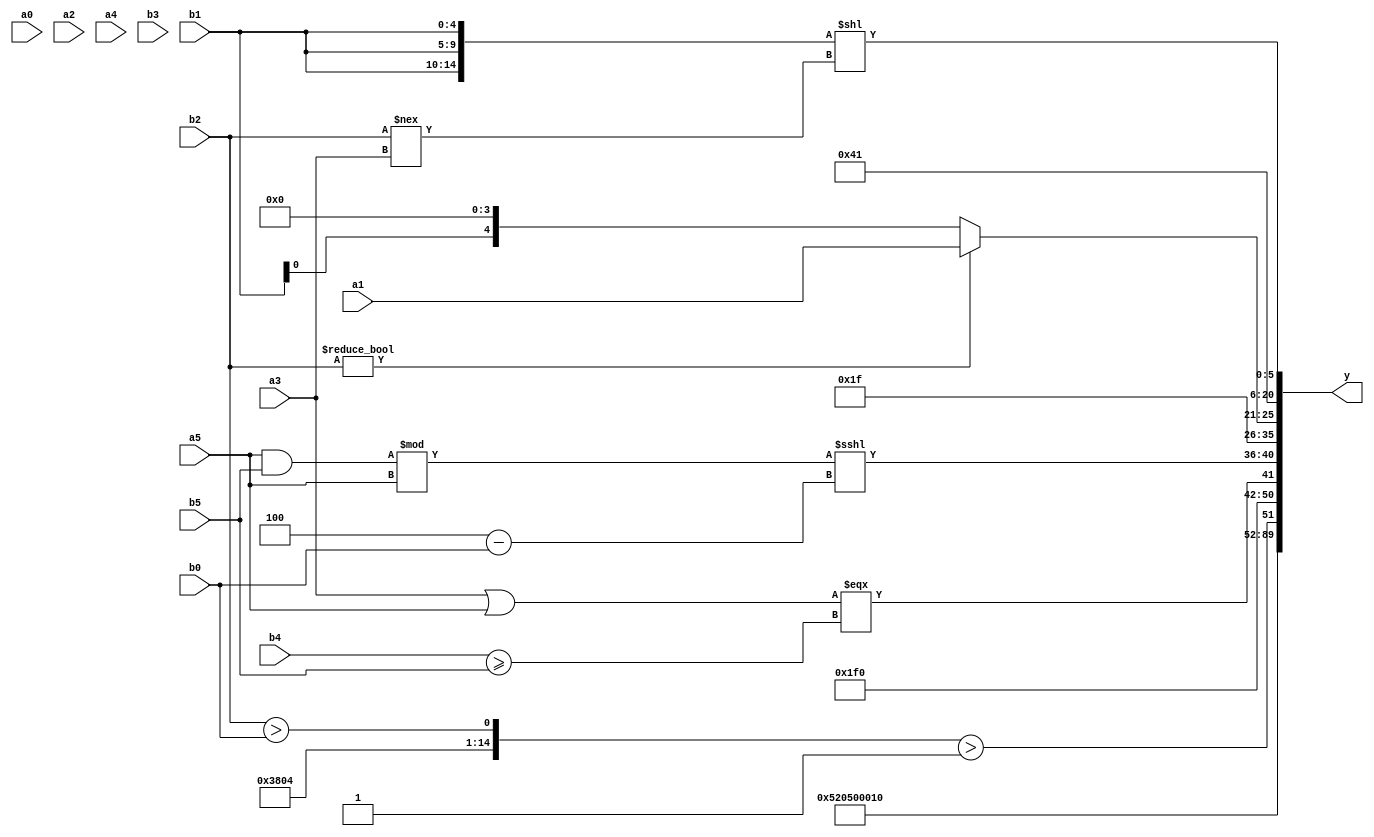
module expression_00614(a0, a1, a2, a3, a4, a5, b0, b1, b2, b3, b4, b5, y);
  input [3:0] a0;
  input [4:0] a1;
  input [5:0] a2;
  input signed [3:0] a3;
  input signed [4:0] a4;
  input signed [5:0] a5;

  input [3:0] b0;
  input [4:0] b1;
  input [5:0] b2;
  input signed [3:0] b3;
  input signed [4:0] b4;
  input signed [5:0] b5;

  wire [3:0] y0;
  wire [4:0] y1;
  wire [5:0] y2;
  wire signed [3:0] y3;
  wire signed [4:0] y4;
  wire signed [5:0] y5;
  wire [3:0] y6;
  wire [4:0] y7;
  wire [5:0] y8;
  wire signed [3:0] y9;
  wire signed [4:0] y10;
  wire signed [5:0] y11;
  wire [3:0] y12;
  wire [4:0] y13;
  wire [5:0] y14;
  wire signed [3:0] y15;
  wire signed [4:0] y16;
  wire signed [5:0] y17;

  output [89:0] y;
  assign y = {y0,y1,y2,y3,y4,y5,y6,y7,y8,y9,y10,y11,y12,y13,y14,y15,y16,y17};

  localparam [3:0] p0 = ((((5'sd13)==(-3'sd0))>((3'd0)>>>(2'd1)))+(-((~|(3'd4))-(-2'sd0))));
  localparam [4:0] p1 = {((4'sd6)?(2'd1):(4'd2)),{1{(~|{(-4'sd0),(5'sd2),(4'sd2)})}}};
  localparam [5:0] p2 = (((3'd3)?(3'd7):(4'd13))?((-3'sd3)%(2'd3)):((2'd0)-(-2'sd0)));
  localparam signed [3:0] p3 = (({(2'd2),(3'd3)}&(~|{(2'd0)}))<=(+{2{{2{(-3'sd3)}}}}));
  localparam signed [4:0] p4 = (((5'd23)&&(3'sd0))?(~&((3'sd0)?(-3'sd1):(5'd8))):((2'sd0)?(2'd0):(-2'sd0)));
  localparam signed [5:0] p5 = {((4'd3)<<(2'sd0)),(&(-5'sd9)),(&(3'd7))};
  localparam [3:0] p6 = (!(~^(~^{((5'd29)?(4'sd6):(3'd4)),{(-4'sd7),(3'd6),(4'd14)},{(-3'sd1),(2'd0),(-5'sd15)}})));
  localparam [4:0] p7 = (((5'd21)+(5'd15))?((2'd3)?(4'sd4):(-3'sd1)):{3{(5'd10)}});
  localparam [5:0] p8 = (4'd0);
  localparam signed [3:0] p9 = (~&({2{(+(4'sd6))}}<={2{{4{(4'd12)}}}}));
  localparam signed [4:0] p10 = (!((2'd0)!==(5'd12)));
  localparam signed [5:0] p11 = {(3'd4),(4'sd1),(-2'sd1)};
  localparam [3:0] p12 = (5'd28);
  localparam [4:0] p13 = (^(-3'sd2));
  localparam [5:0] p14 = (!(-4'sd7));
  localparam signed [3:0] p15 = (5'd16);
  localparam signed [4:0] p16 = {2{(((3'd5)>(5'd19))&&{1{(4'd10)}})}};
  localparam signed [5:0] p17 = ((5'sd4)?(5'sd10):(3'sd1));

  assign y0 = {$unsigned((|{{p2,p8,p16},(-5'sd14)}))};
  assign y1 = $unsigned({{{p1,p11,p7},(|{p13,p2}),(!{3{p0}})},(5'd9)});
  assign y2 = (&(4'sd4));
  assign y3 = (((($signed(p5))==(p11?p15:p2)))?((p3<<<p1)!=(p12?p16:p4)):((p12?p17:p12)<<<$signed((p3?p10:p16))));
  assign y4 = {2{{p5,b4,p10}}};
  assign y5 = ((p7?p15:p17)?(p14?p1:p3):((p7<=p15)<<(p13-p11)));
  assign y6 = (&{3{(|p3)}});
  assign y7 = {({$unsigned({{p11,p14,p7},(b2>b0)})}>$signed((2'sd1)))};
  assign y8 = (-4'sd2);
  assign y9 = ((~^(p16?p0:p9))?((a3||a5)===(b4>=b5)):({p14,p9,b0}?(p17<<p0):(p13!=p5)));
  assign y10 = (((a5&b5)%a5)<<<$signed($signed($signed((p7-b0)))));
  assign y11 = ($unsigned(($unsigned($signed(p3))<<{4{p0}}))-(4'd2 * {2{p13}}));
  assign y12 = $signed((!$signed((+$signed($signed(p8))))));
  assign y13 = {{2{((p10?p13:b2)?(p3?a1:a1):{a4,b1,p9})}}};
  assign y14 = (-3'sd0);
  assign y15 = (4'sd2);
  assign y16 = (~^$signed((p6?p9:p2)));
  assign y17 = {3{$signed(({3{b1}}<<(b2!==a3)))}};
endmodule